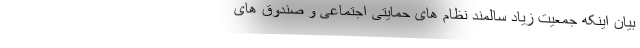
بیان اینکه جمعیت زیاد سالمند نظام های حمایتی اجتماعی و صندوق های